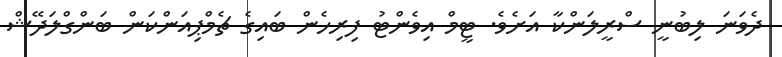
ދެވަނަ ލިބުނީ ސްރީލަންކާާ އަށެވެ. ޓީމް އިވެންޓު ފިރިހެން ބައިގެ ޗެމްޕިއަންކަން ބަންގްލަދޭޝް